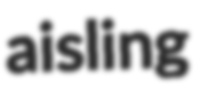
aisling